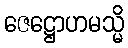
ဇေဋ္ဌောဟမသ္မိ